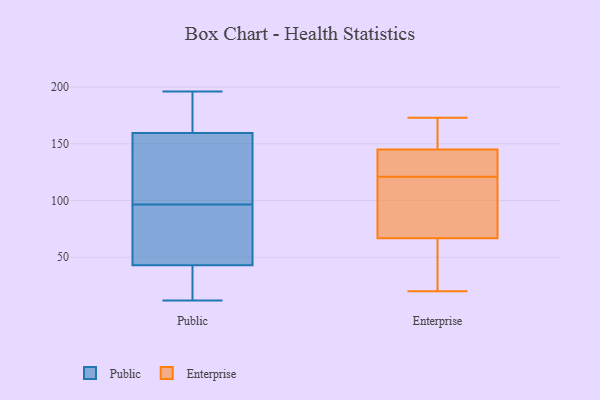
{"axis": {"x": "Page Views", "y": "Value"}, "legend": ["Enterprise", "Public"], "data": [{"x": "", "y": 92, "type": "Public"}, {"x": "", "y": 196, "type": "Public"}, {"x": "", "y": 153, "type": "Public"}, {"x": "", "y": 108, "type": "Public"}, {"x": "", "y": 12, "type": "Public"}, {"x": "", "y": 18, "type": "Public"}, {"x": "", "y": 180, "type": "Public"}, {"x": "", "y": 93, "type": "Public"}, {"x": "", "y": 155, "type": "Public"}, {"x": "", "y": 61, "type": "Public"}, {"x": "", "y": 185, "type": "Public"}, {"x": "", "y": 24, "type": "Public"}, {"x": "", "y": 164, "type": "Public"}, {"x": "", "y": 25, "type": "Public"}, {"x": "", "y": 65, "type": "Public"}, {"x": "", "y": 100, "type": "Public"}, {"x": "", "y": 121, "type": "Enterprise"}, {"x": "", "y": 20, "type": "Enterprise"}, {"x": "", "y": 69, "type": "Enterprise"}, {"x": "", "y": 54, "type": "Enterprise"}, {"x": "", "y": 139, "type": "Enterprise"}, {"x": "", "y": 84, "type": "Enterprise"}, {"x": "", "y": 66, "type": "Enterprise"}, {"x": "", "y": 122, "type": "Enterprise"}, {"x": "", "y": 172, "type": "Enterprise"}, {"x": "", "y": 147, "type": "Enterprise"}, {"x": "", "y": 173, "type": "Enterprise"}]}